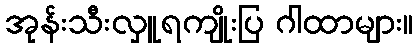
အုန်းသီးလှူရကျိုးပြ ဂါထာများ။